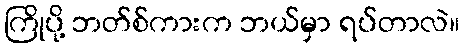
ကြိုပို့ ဘတ်စ်ကားက ဘယ်မှာ ရပ်တာလဲ။